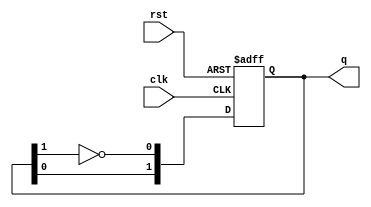
module dual_stage_johnson_counter (
    input wire clk,   // Clock signal
    input wire rst,   // Reset signal
    output reg [1:0] q  // 2-bit output representing the counter state
);

// Always block triggered on the rising edge of the clock
always @(posedge clk or posedge rst) begin
    if (rst) begin
        // Reset both flip-flops to zero
        q <= 2'b00;
    end else begin
        // Johnson counter logic
        q[0] <= ~q[1]; // The inverted output of the second flip-flop (Q2) feeds back to the first flip-flop (D1)
        q[1] <= q[0];  // The output of the first flip-flop (Q1) shifts to the second flip-flop (Q2)
    end
end

endmodule